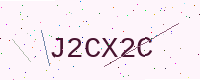
Text: J2CX2C